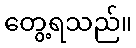
တွေ့ရသည်။